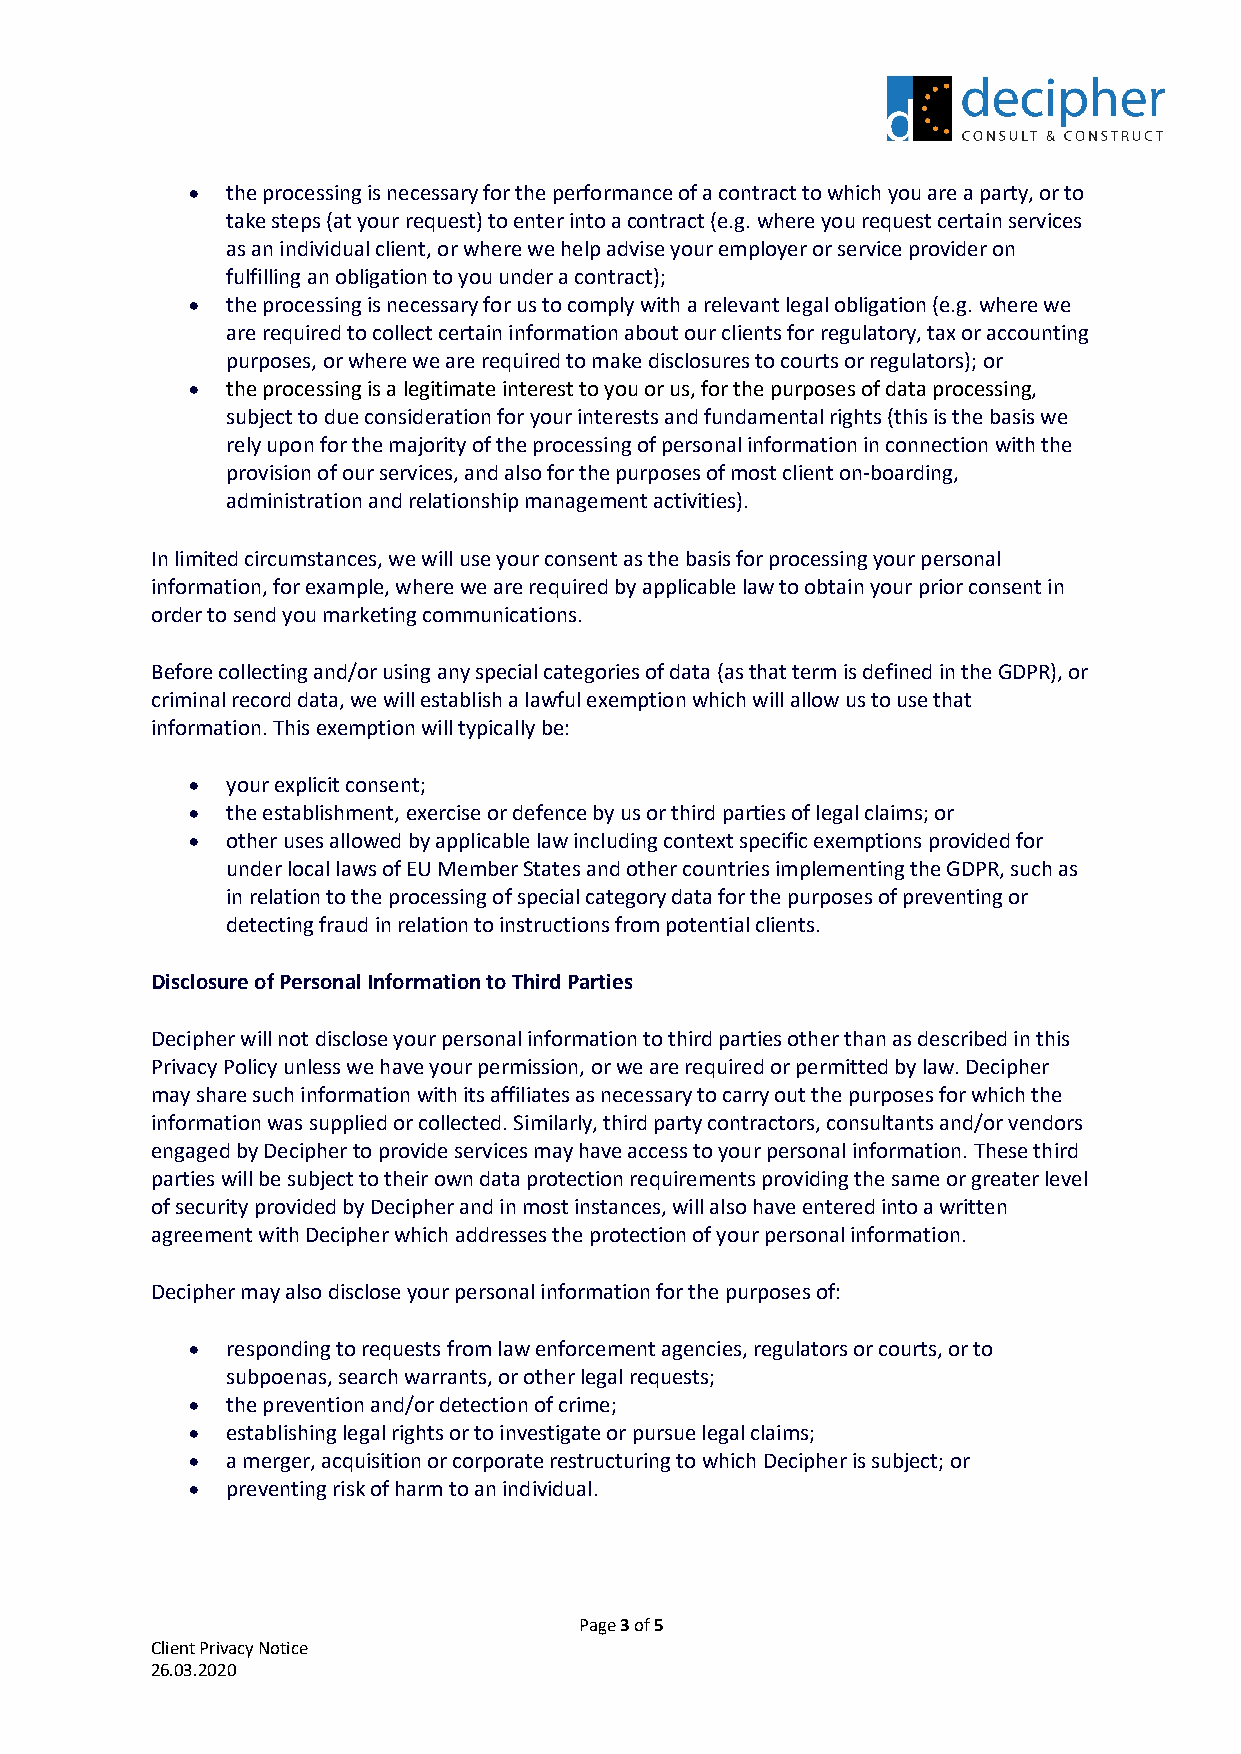
•  the processing is necessary for the performance of a contract to which you are a party, or to
 take steps (at your request) to enter into a contract (e.g. where you request certain services
 as an individual client, or where we help advise your employer or service provider on
 fulfilling an obligation to you under a contract);
 •  the processing is necessary for us to comply with a relevant legal obligation (e.g. where we
 are required to collect certain information about our clients for regulatory, tax or accounting
 purposes, or where we are required to make disclosures to courts or regulators); or
 •  the processing is a legitimate interest to you or us, for the purposes of data processing,
 subject to due consideration for your interests and fundamental rights (this is the basis we
 rely upon for the majority of the processing of personal information in connection with the
 provision of our services, and also for the purposes of most client on-boarding,
 administration and relationship management activities).
 In limited circumstances, we will use your consent as the basis for processing your personal
 information, for example, where we are required by applicable law to obtain your prior consent in
 order to send you marketing communications.
 Before collecting and/or using any special categories of data (as that term is defined in the GDPR), or
 criminal record data, we will establish a lawful exemption which will allow us to use that
 information. This exemption will typically be:
 •  your explicit consent;
 •  the establishment, exercise or defence by us or third parties of legal claims; or
 •  other uses allowed by applicable law including context specific exemptions provided for
 under local laws of EU Member States and other countries implementing the GDPR, such as
 in relation to the processing of special category data for the purposes of preventing or
 detecting fraud in relation to instructions from potential clients.
 Disclosure of Personal Information to Third Parties
 Decipher will not disclose your personal information to third parties other than as described in this
 Privacy Policy unless we have your permission, or we are required or permitted by law. Decipher
 may share such information with its affiliates as necessary to carry out the purposes for which the
 information was supplied or collected. Similarly, third party contractors, consultants and/or vendors
 engaged by Decipher to provide services may have access to your personal information. These third
 parties will be subject to their own data protection requirements providing the same or greater level
 of security provided by Decipher and in most instances, will also have entered into a written
 agreement with Decipher which addresses the protection of your personal information.
 Decipher may also disclose your personal information for the purposes of:
 •  responding to requests from law enforcement agencies, regulators or courts, or to
 subpoenas, search warrants, or other legal requests;
 •  the prevention and/or detection of crime;
 •  establishing legal rights or to investigate or pursue legal claims;
 •  a merger, acquisition or corporate restructuring to which Decipher is subject; or
 •  preventing risk of harm to an individual.
 Page 3 of 5
 Client Privacy Notice
 26.03.2020